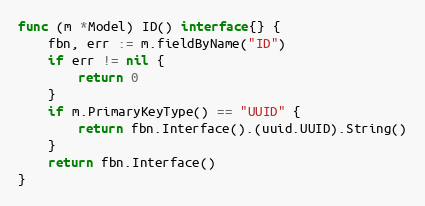
Language: Go
func (m *Model) ID() interface{} {
	fbn, err := m.fieldByName("ID")
	if err != nil {
		return 0
	}
	if m.PrimaryKeyType() == "UUID" {
		return fbn.Interface().(uuid.UUID).String()
	}
	return fbn.Interface()
}